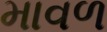
માવળ